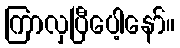
ကြာလှပြီပေါ့နော်။